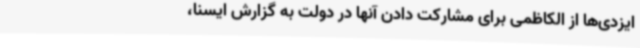
ایزدی‌ها از الکاظمی برای مشارکت دادن آنها در دولت به گزارش ایسنا،